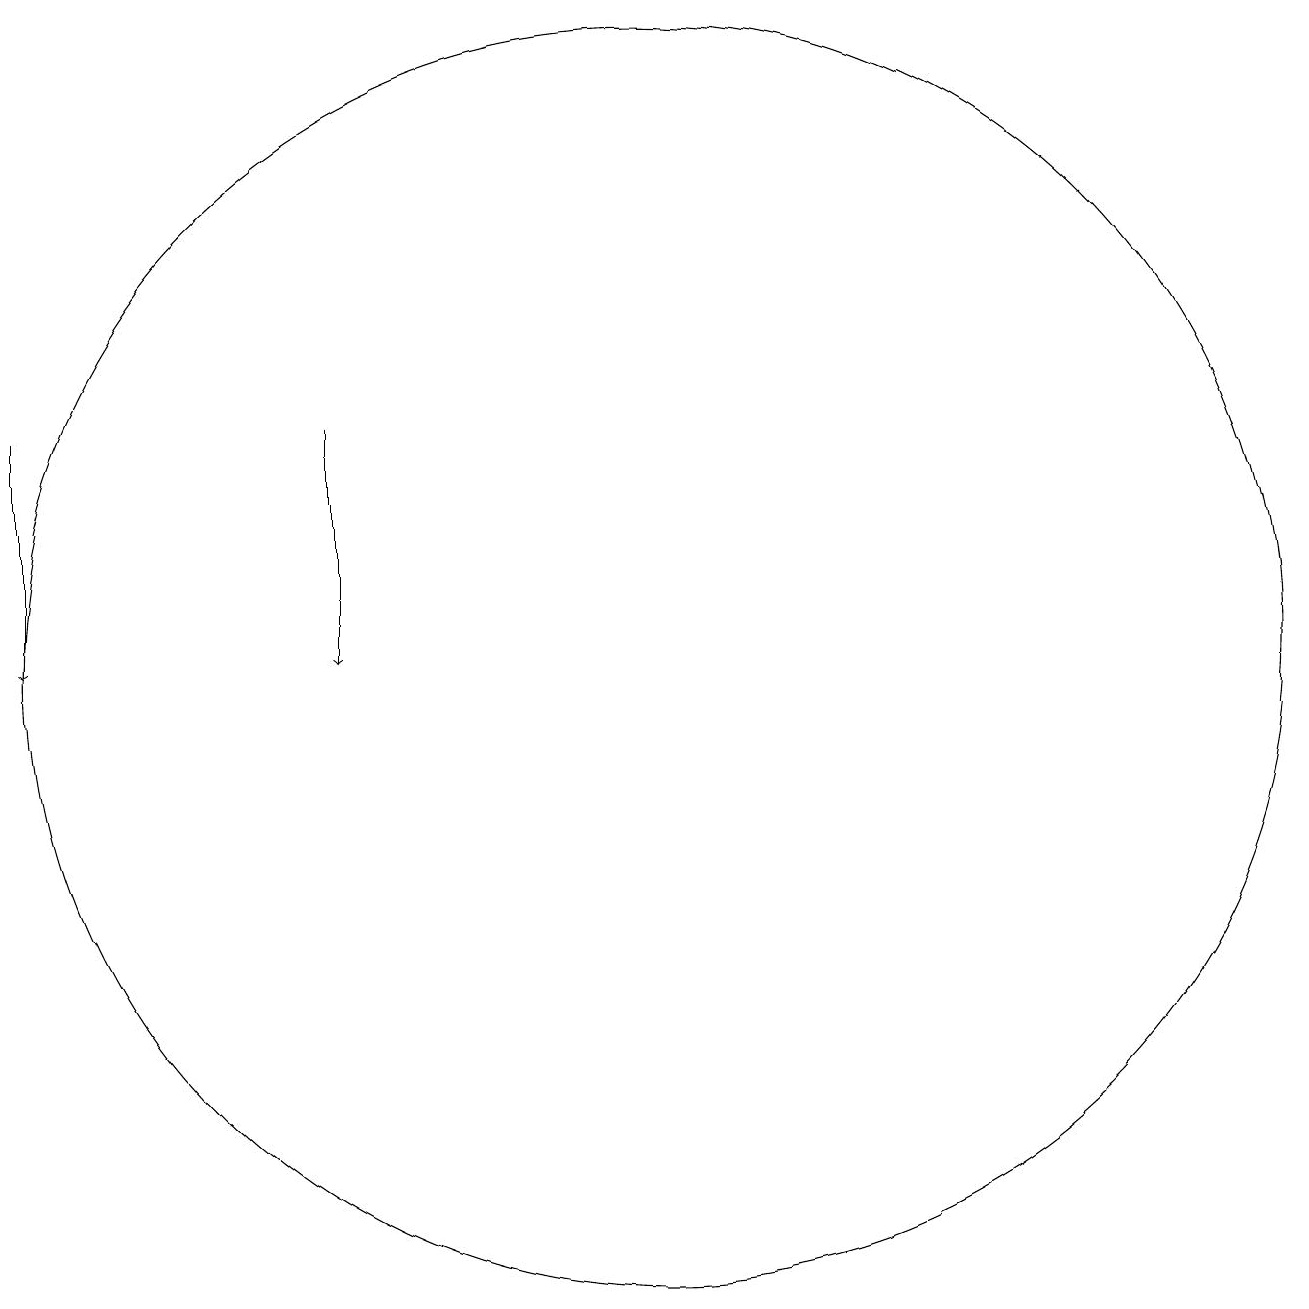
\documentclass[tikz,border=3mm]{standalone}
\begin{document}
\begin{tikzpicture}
\draw[->] (6,15) -- (6,12);
\draw (10,12) circle (8);
\draw[->] (2,15) -- (2,12);
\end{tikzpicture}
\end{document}